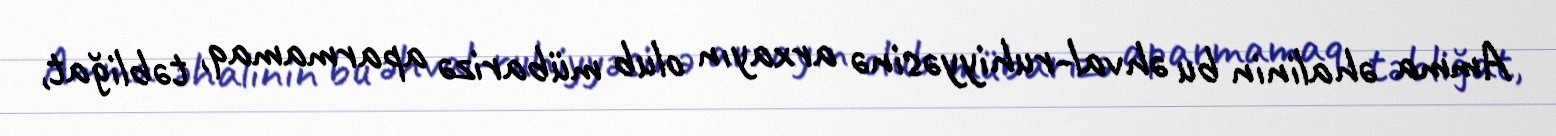
Amma əhalinin bu əhval-ruhiyyəsinə arxayın olub mübarizə aparmamaq, təbliğat,